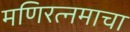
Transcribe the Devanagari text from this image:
मणिरत्नमाचा